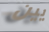
يين